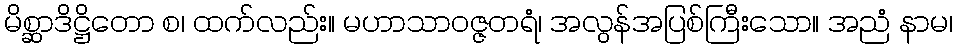
မိစ္ဆာဒိဋ္ဌိတော စ၊ ထက်လည်း။ မဟာသာဝဇ္ဇတရံ၊ အလွန်အပြစ်ကြီးသော။ အညံ နာမ၊